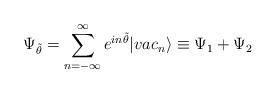
LaTeX: \begin{align*}\Psi_{\tilde\theta} =\sum_{n=-\infty}^\infty e^{in\tilde\theta}|vac_n\rangle\equiv \Psi_1 +\Psi_2\end{align*}